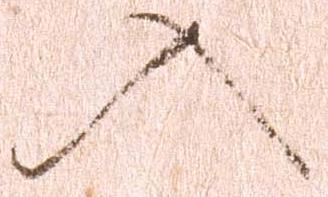
入